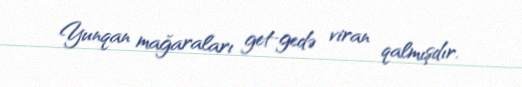
Yunqan mağaraları get-gedə viran qalmışdır.